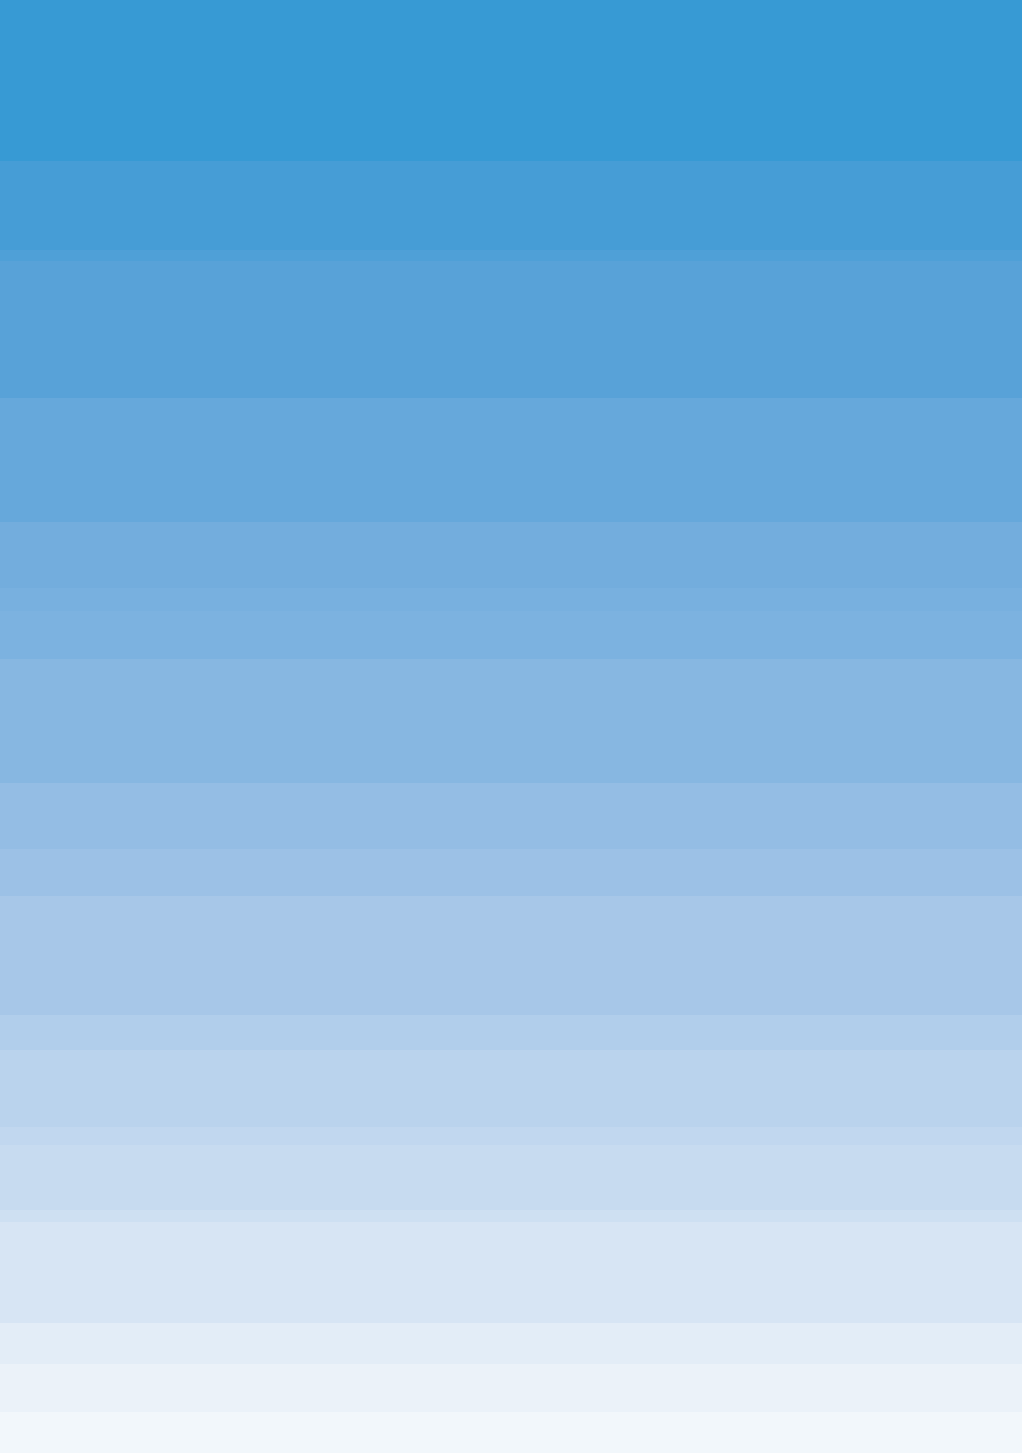
Bulletin       of   the
 British      Ornithologists’              Club